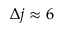
\Delta j \approx 6